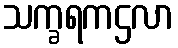
သက္ခရကဌလာ